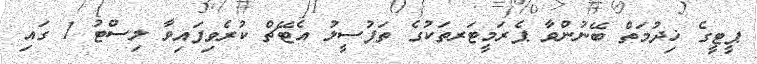
ޕީޓީގެ ޚިދުމަތް ބޭނުންވާ ޕެރަމީޓަރތަކުގެ ތަފުސީލު އެޓޭޗް ކުރެވިފައިވާ ލިސްޓު 1 ގައި